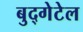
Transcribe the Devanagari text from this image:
बुद्गेटेल